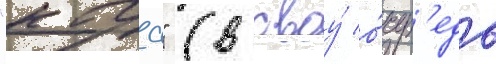
"кага" (в своу́ о́чер'едь